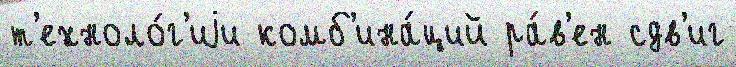
т'ехноло́г'иjи комб'ина́ций ра́в'ен сдв'иг